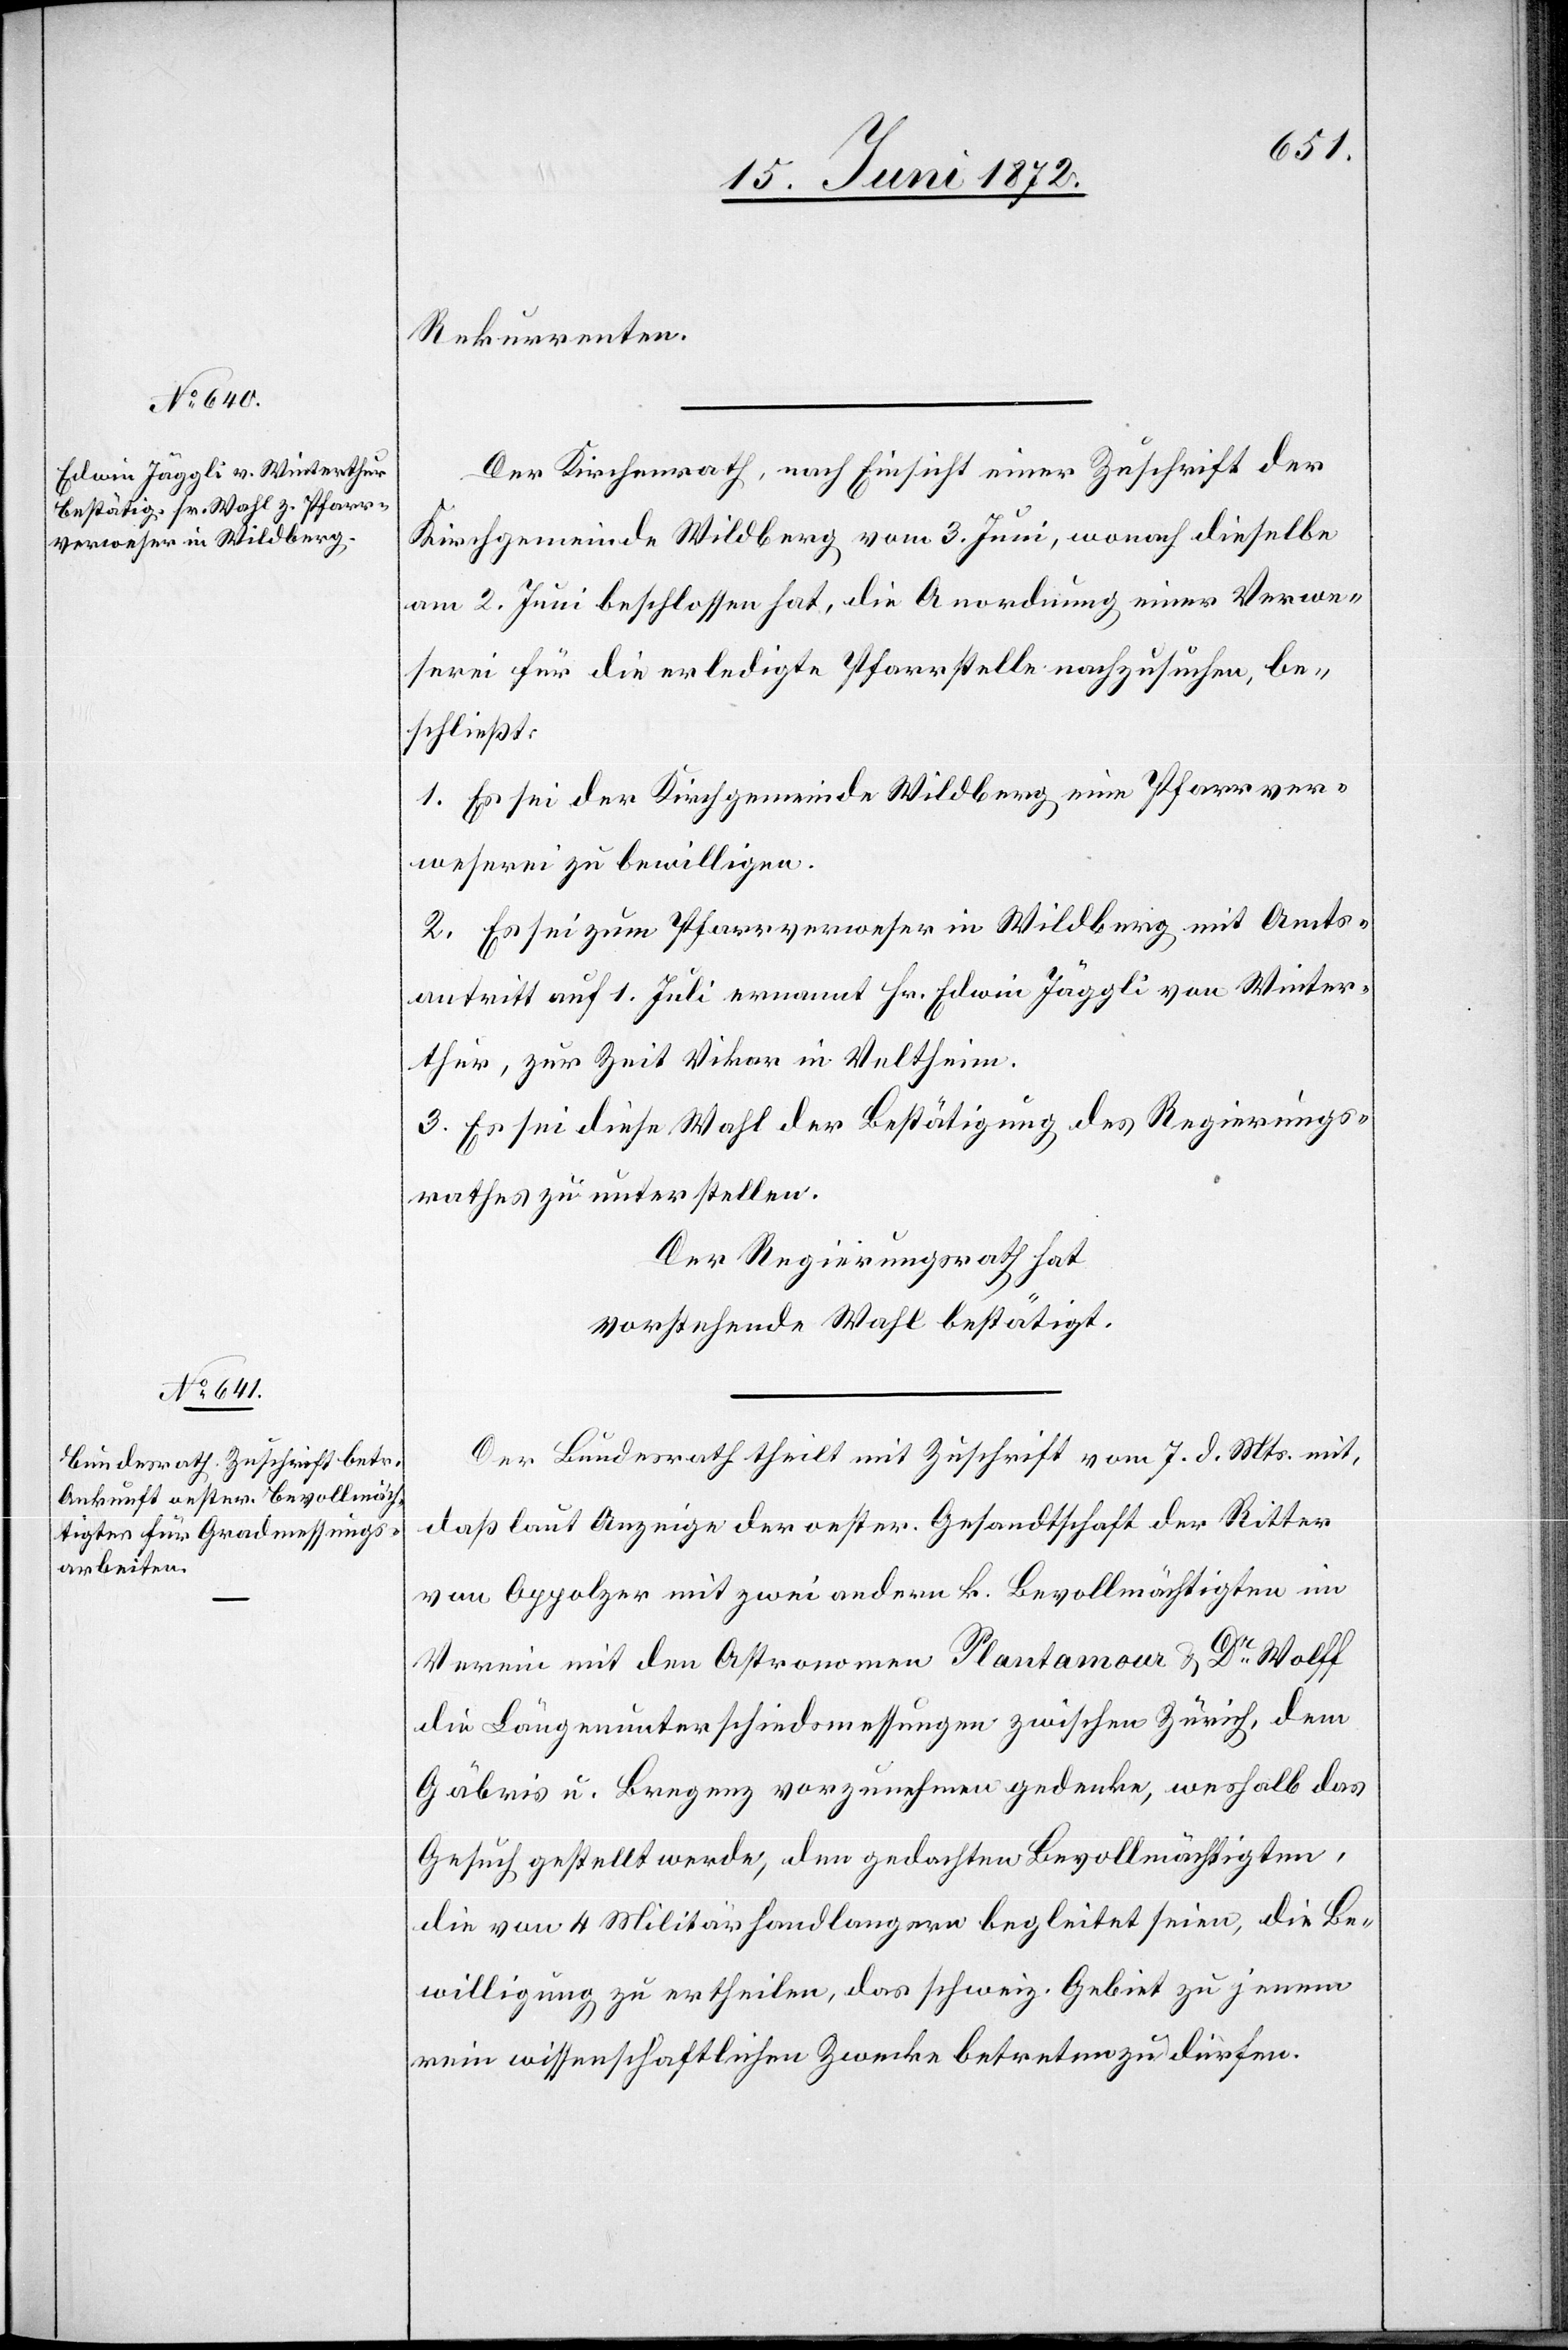
Rekurrenten.
Der Kirchenrath, nach Einsicht einer Zuschrift der
Kirchgemeinde Wildberg vom 3. Juni, wonach dieselbe
am 2. Juni beschlossen hat, die Anordnung einer Verwe¬
serei für die erledigte Pfarrstelle nachzusuchen, be¬
schließt:
1. Es sei der Kirchgemeinde Wildberg eine Pfarrver¬
weserei zu bewilligen.
2. Es sei zum Pfarrverweser in Wildberg mit Amts¬
antritt auf 1. Juni ernannt Hr. Edwin Jäggli von Winter¬
thur, zur Zeit Vikar in Veltheim.
3. Es sei diese Wahl der Bestätigung des Regierungs¬
rathes zu unterstellen.
Der Regierungsrath hat
vorstehende Wahl bestätigt.
Der Bundesrath theilt mit Zuschrift vom 7. d. Mts. mit,
daß laut Anzeige der oester. Gesandtschaft der Ritter
von Oppolzer mit zwei andern k. Bevollmächtigten im
Verein mit den Astronomen Plantamour u. Dr Wolff
die Längenunterschiedsmessungen zwischen Zürich, dem
Gäbris u. Bregenz vorzunehmen gedenke, weshalb das
Gesuch gestellt werde, den gedachten Bevollmächtigten,
die von 4 Militärhandlangern begleitet seien, die Be¬
willigung zu ertheilen, das schweiz. Gebiet zu jenem
rein wissenschaftlichen Zwecke betreten zu dürfen.